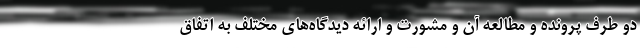
دو طرف پرونده و مطالعه آن و مشورت و ارائه دیدگاه‌های مختلف به اتفاق